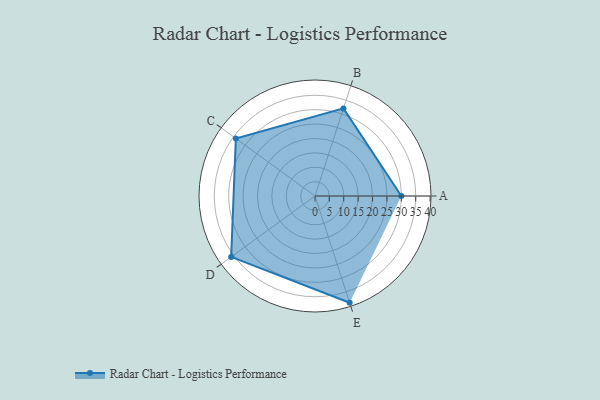
{"axis": {"x": "Skill", "y": "Score"}, "legend": ["Profile"], "data": [{"x": "A", "y": 30.0, "type": "Profile"}, {"x": "B", "y": 32.0, "type": "Profile"}, {"x": "C", "y": 34.0, "type": "Profile"}, {"x": "D", "y": 36.0, "type": "Profile"}, {"x": "E", "y": 39.0, "type": "Profile"}]}